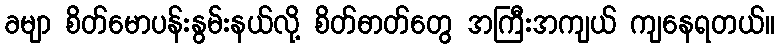
ခမျာ စိတ်မောပန်းနွမ်းနယ်လို့ စိတ်ဓာတ်တွေ အကြီးအကျယ် ကျနေရတယ်။